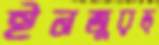
ইনজুরড্